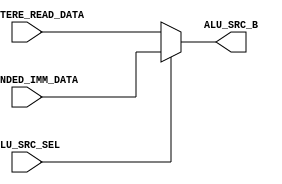
module ALU_SRC_SELECTOR(
	input ALU_SRC_SEL,
	input [31:0] REGISTERE_READ_DATA,
	input [31:0] EXTENDED_IMM_DATA,
	output [31:0] ALU_SRC_B
);

assign ALU_SRC_B = (ALU_SRC_SEL == 1'b0) ?
	REGISTERE_READ_DATA :
	EXTENDED_IMM_DATA;

endmodule